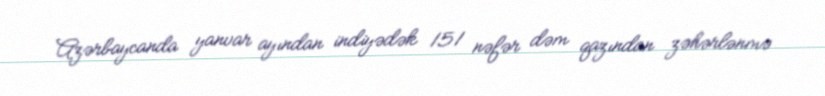
Azərbaycanda yanvar ayından indiyədək 151 nəfər dəm qazından zəhərlənmə